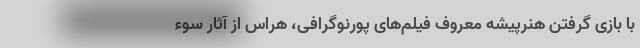
با بازی گرفتن هنرپیشه معروف فیلم‌های پورنوگرافی، هراس از آثار سوء